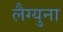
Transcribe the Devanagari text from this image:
लैग्युना